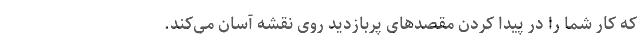
که کار شما را در پیدا کردن مقصدهای پربازدید روی نقشه آسان می‌کند.